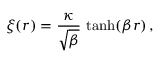
\xi ( r ) = \frac { \kappa } { \sqrt { \beta } } \ \mathrm { t a n h } ( \beta r ) \, ,